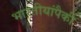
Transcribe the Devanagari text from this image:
भारतीयांपैकी